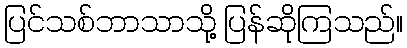
ပြင်သစ်ဘာသာသို့ ပြန်ဆိုကြသည်။